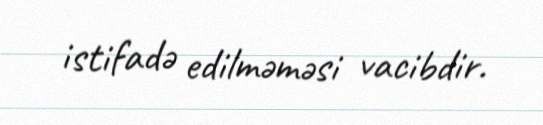
istifadə edilməməsi vacibdir.